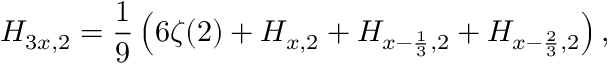
H _ { 3 x , 2 } = { \frac { 1 } { 9 } } \left( 6 \zeta ( 2 ) + H _ { x , 2 } + H _ { x - { \frac { 1 } { 3 } } , 2 } + H _ { x - { \frac { 2 } { 3 } } , 2 } \right) ,